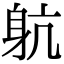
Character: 𨈢